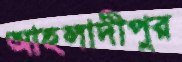
আহলাদীপুর